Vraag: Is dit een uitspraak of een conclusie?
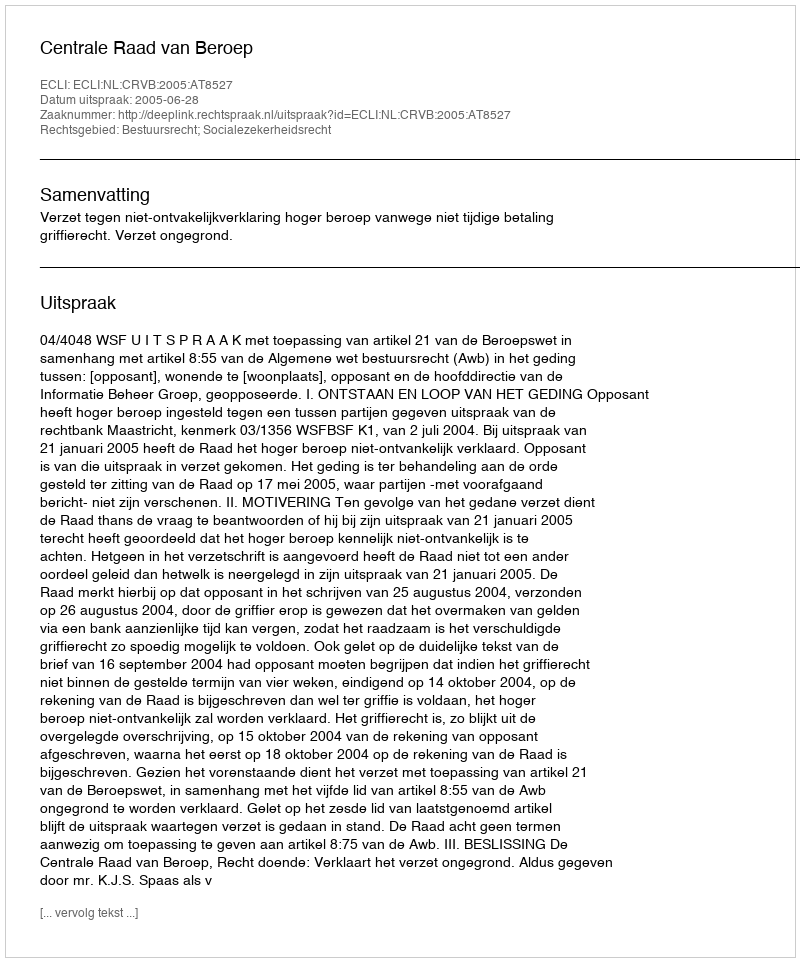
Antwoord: Uitspraak